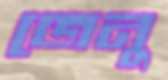
জেনু